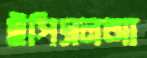
ইপিএলআ